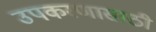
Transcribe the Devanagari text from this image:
उपकरणासाठी